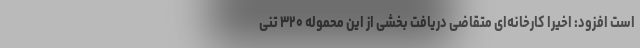
است افزود: اخیرا کارخانه‌ای متقاضی دریافت بخشی از این محموله ۳۲۰ تنی